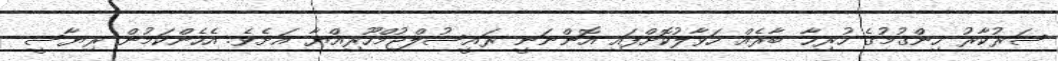
ސަރުކާރު ހިންގުމުގެ ހުރިހާ ބާރެއް ހަވާލުކޮށްފައި އޮންނަނީ ރައީސުލްޖުމްހޫރިއްޔާ އަށެވެ. އެހެންކަމުން ރިޔާސީ